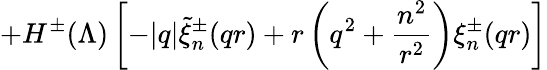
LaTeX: +H^{\pm}(\Lambda)\left[-|q|\widetilde{\xi}_{n}^{\pm}(qr)+r\left(q^{2}+\frac{n^{2}}{r^{2}}\right)\xi_{n}^{\pm}(qr)\right]